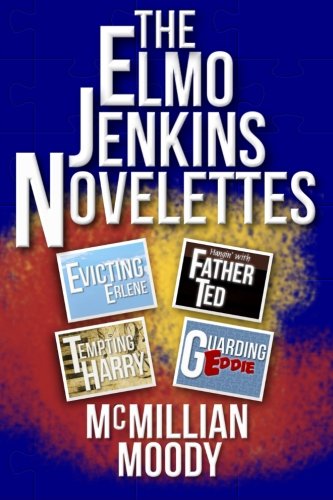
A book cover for The Elmo Jenkins Novelettes; McMillian Moody; Christian Books & Bibles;